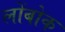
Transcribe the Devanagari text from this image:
लोंबोक